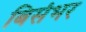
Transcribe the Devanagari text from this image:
बिसंभर